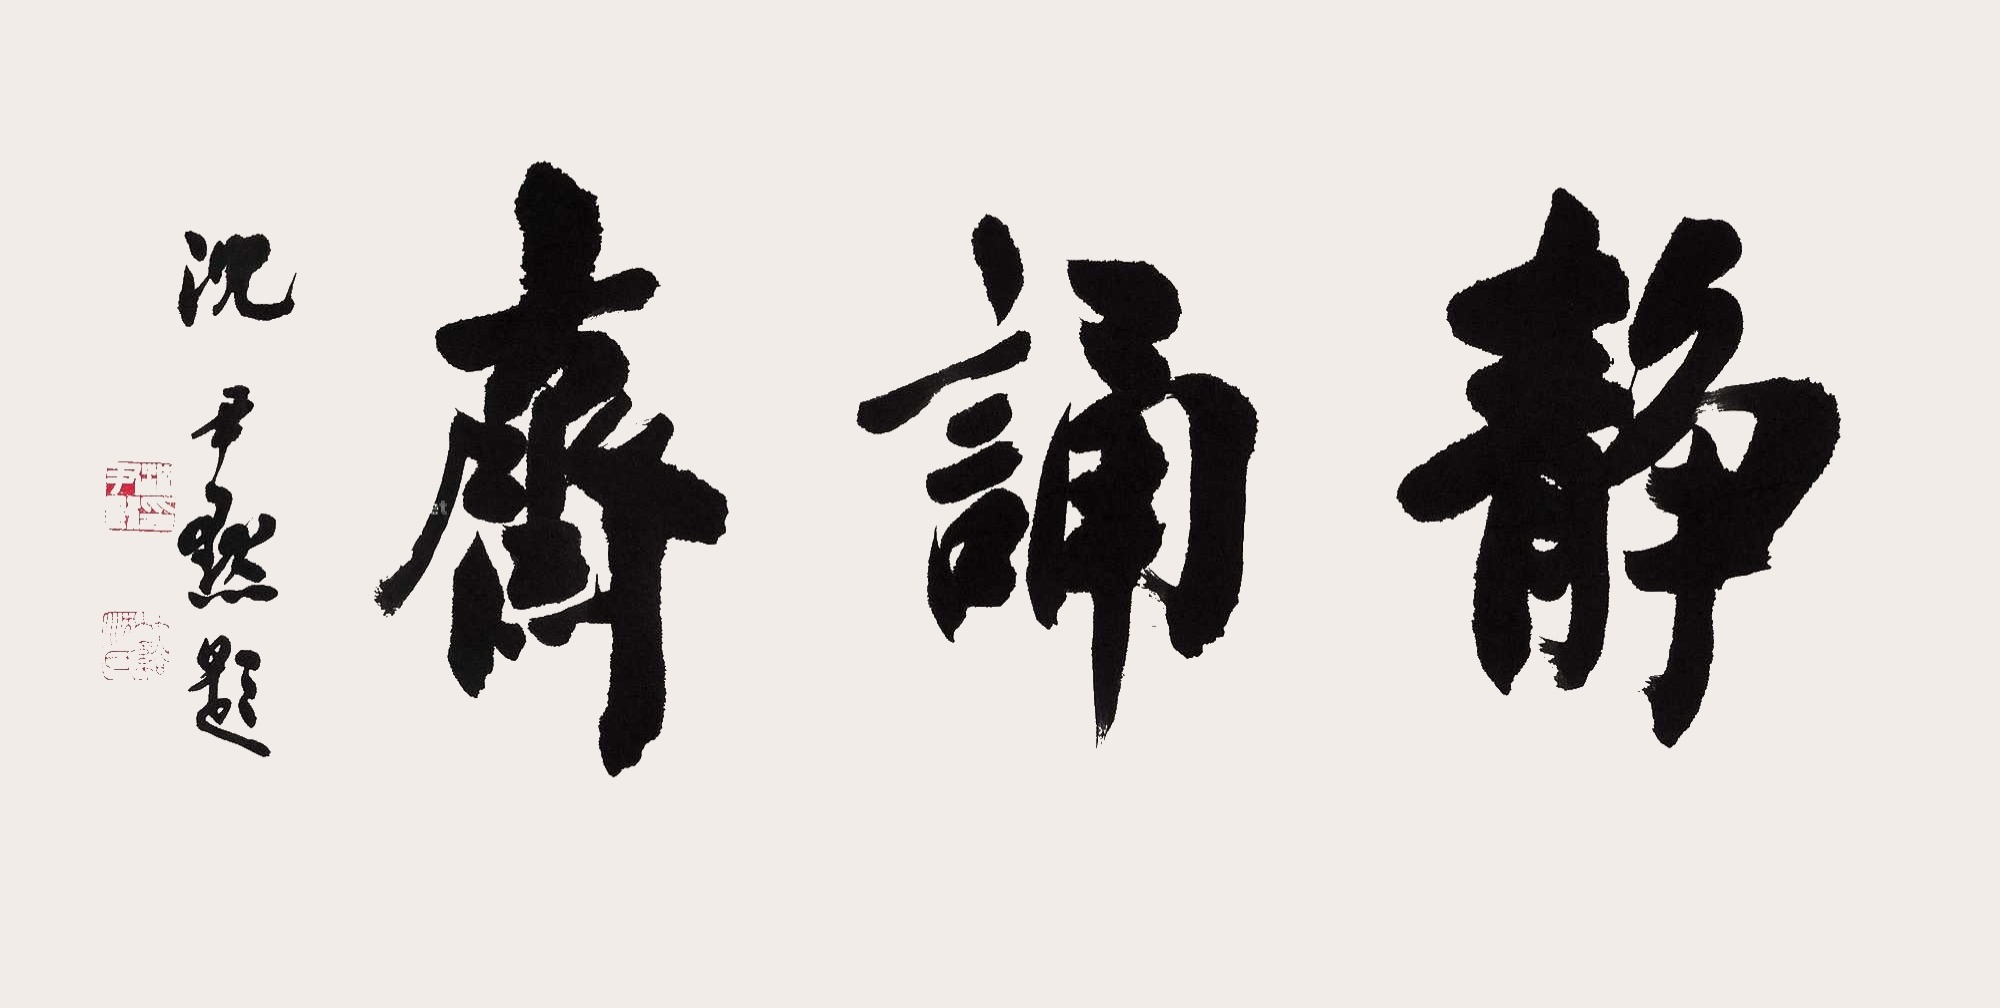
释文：静诵斋。沈尹默题。